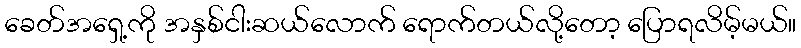
ခေတ်အရှေ့ကို အနှစ်ငါးဆယ်လောက် ရောက်တယ်လို့တော့ ပြောရလိမ့်မယ်။